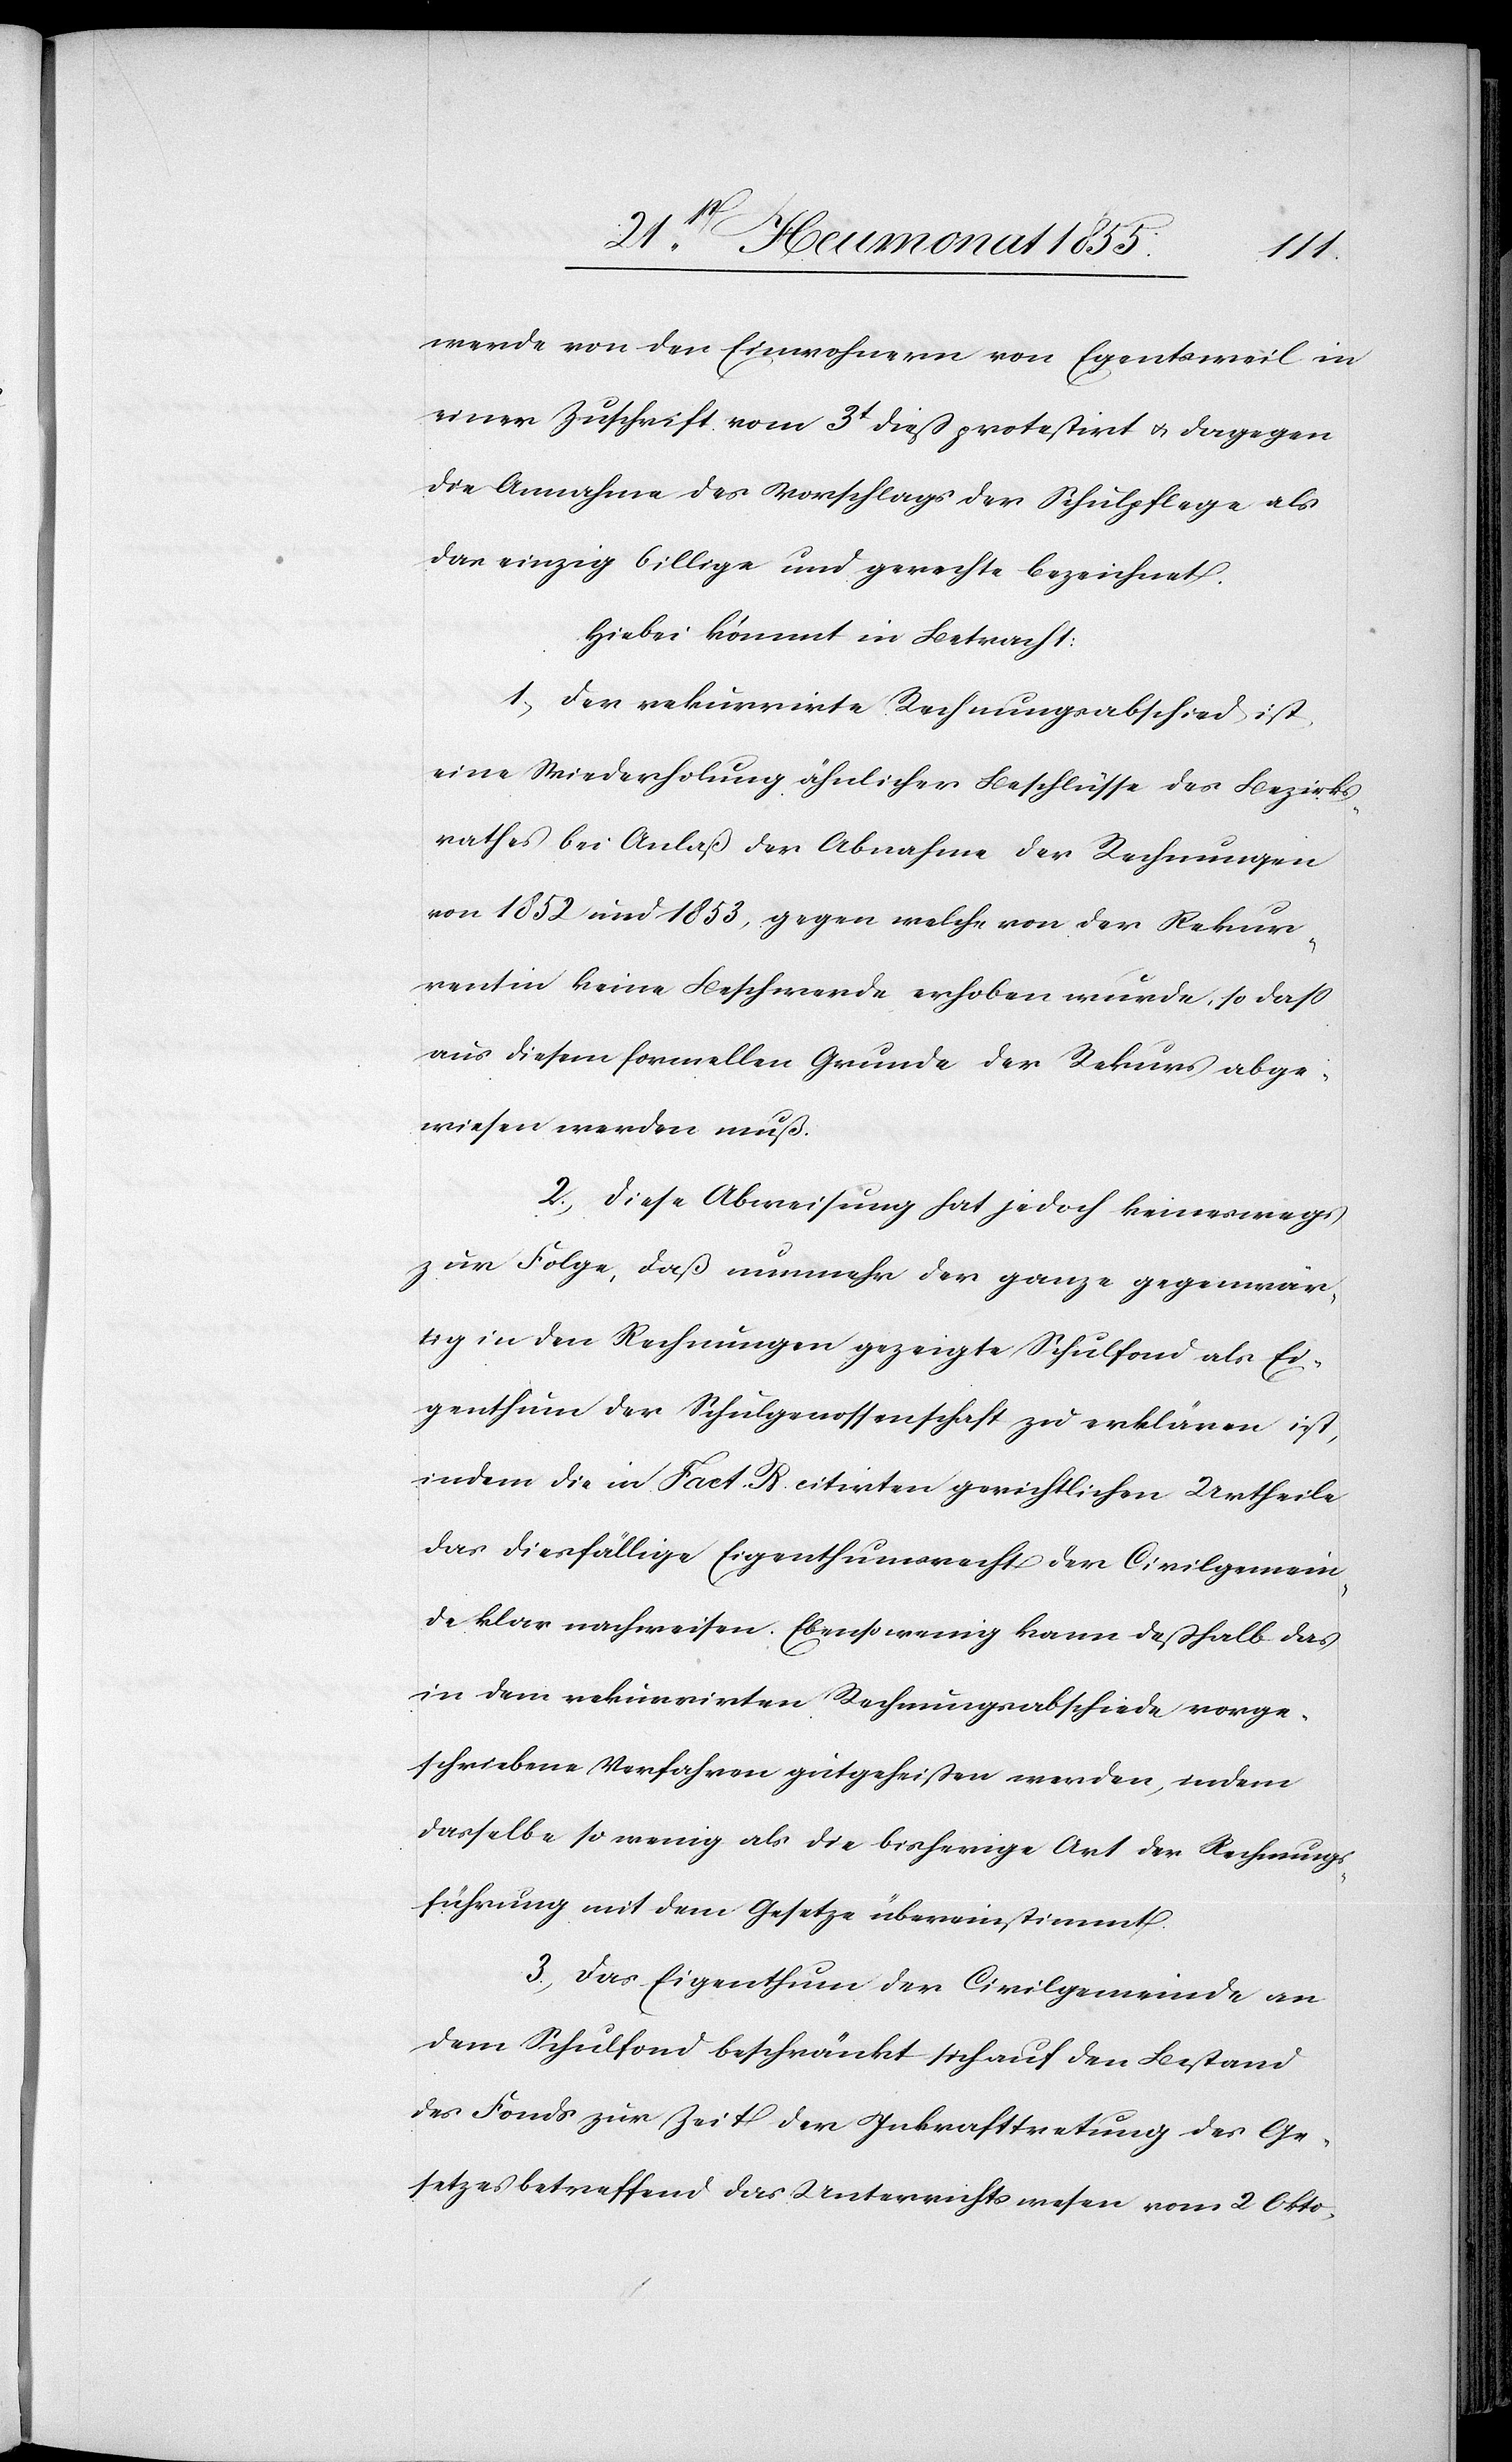
werde von den Einwohnern von Egentsweil in
einer Zuschrift vom 3t dieß protestirt & dagegen
die Annahme des Vorschlags der Schulpflege als
das einzig billige und gerechte bezeichnet.
Hiebei kömmt in Betracht:
1, Der rekurrirte Rechnungsabschied ist
eine Wiederholung ähnlicher Beschlüsse des Bezirks¬
rathes bei Anlaß der Abnahme der Rechnungen
von 1852 und 1853, gegen welche von der Rekur¬
rentin keine Beschwerde erhoben wurde, so daß
aus diesem formellen Grunde der Rekurs abge¬
wiesen werden muß.
2, Diese Abweisung hat jedoch keineswegs
zur Folge, daß nunmehr der ganze gegenwär¬
tig in den Rechnungen gezeigte Schulfond als Ei¬
genthum der Schulgenossenschaft zu erklären ist,
indem die in Fact. B. citirten gerichtlichen Urtheile
das diesfällige Eigenthumsrecht der Civilgemein¬
de klar nachweisen. Ebensowenig kann deßhalb das
in dem rekurrirten Rechnungsabschiede vorge¬
schriebene Verfahren gutgeheißen werden, indem
dasselbe so wenig als die bisherige Art der Rechnungs¬
führung mit dem Gesetze übereinstimmt.
3, Das Eigenthum der Civilgemeinde an
dem Schulfond beschränkt sich auf den Bestand
des Fonds zur Zeit der Inkrafttretung des Ge¬
setzes betreffend das Unterrichtswesen vom 2 Okto-